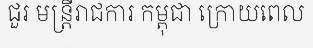
ជួរ មន្ត្រីរាជការ កម្ពុជា ក្រោយពេល